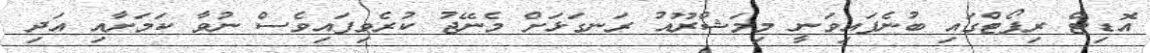
އޮޑިޓް ރިޕޯޓްގައި ބުނެފައިވަނީ މިމަޝްރޫއު ރަނގަޅަށް މެނޭޖު ކުރެވިފައިވެސް ނުވާ ކަމަށާއި އަދި